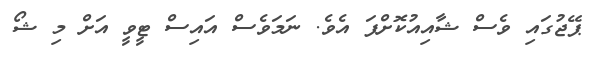
ޕޭޖުގައި ވެސް ޝާއިއުކޮށްފަ އެވެ. ނަމަވެސް އައިސް ޓީވީ އަށް މި ޝޯ